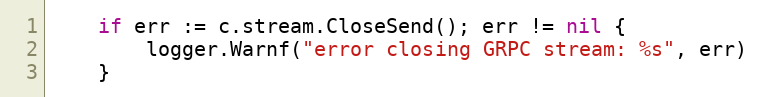
Language: Go
	if err := c.stream.CloseSend(); err != nil {
		logger.Warnf("error closing GRPC stream: %s", err)
	}